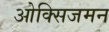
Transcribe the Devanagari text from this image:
ओक्सिजमन